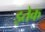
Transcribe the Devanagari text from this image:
इतेक